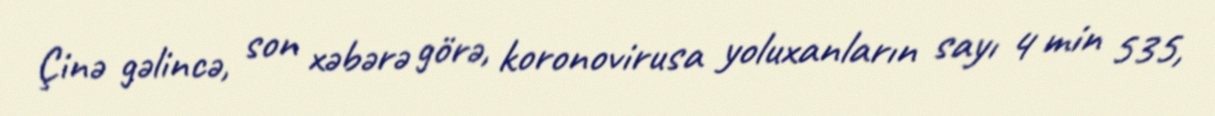
Çinə gəlincə, son xəbərə görə, koronovirusa yoluxanların sayı 4 min 535,